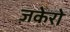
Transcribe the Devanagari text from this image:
ज़केरो